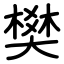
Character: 樊